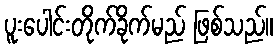
ပူးပေါင်းတိုက်ခိုက်မည် ဖြစ်သည်။